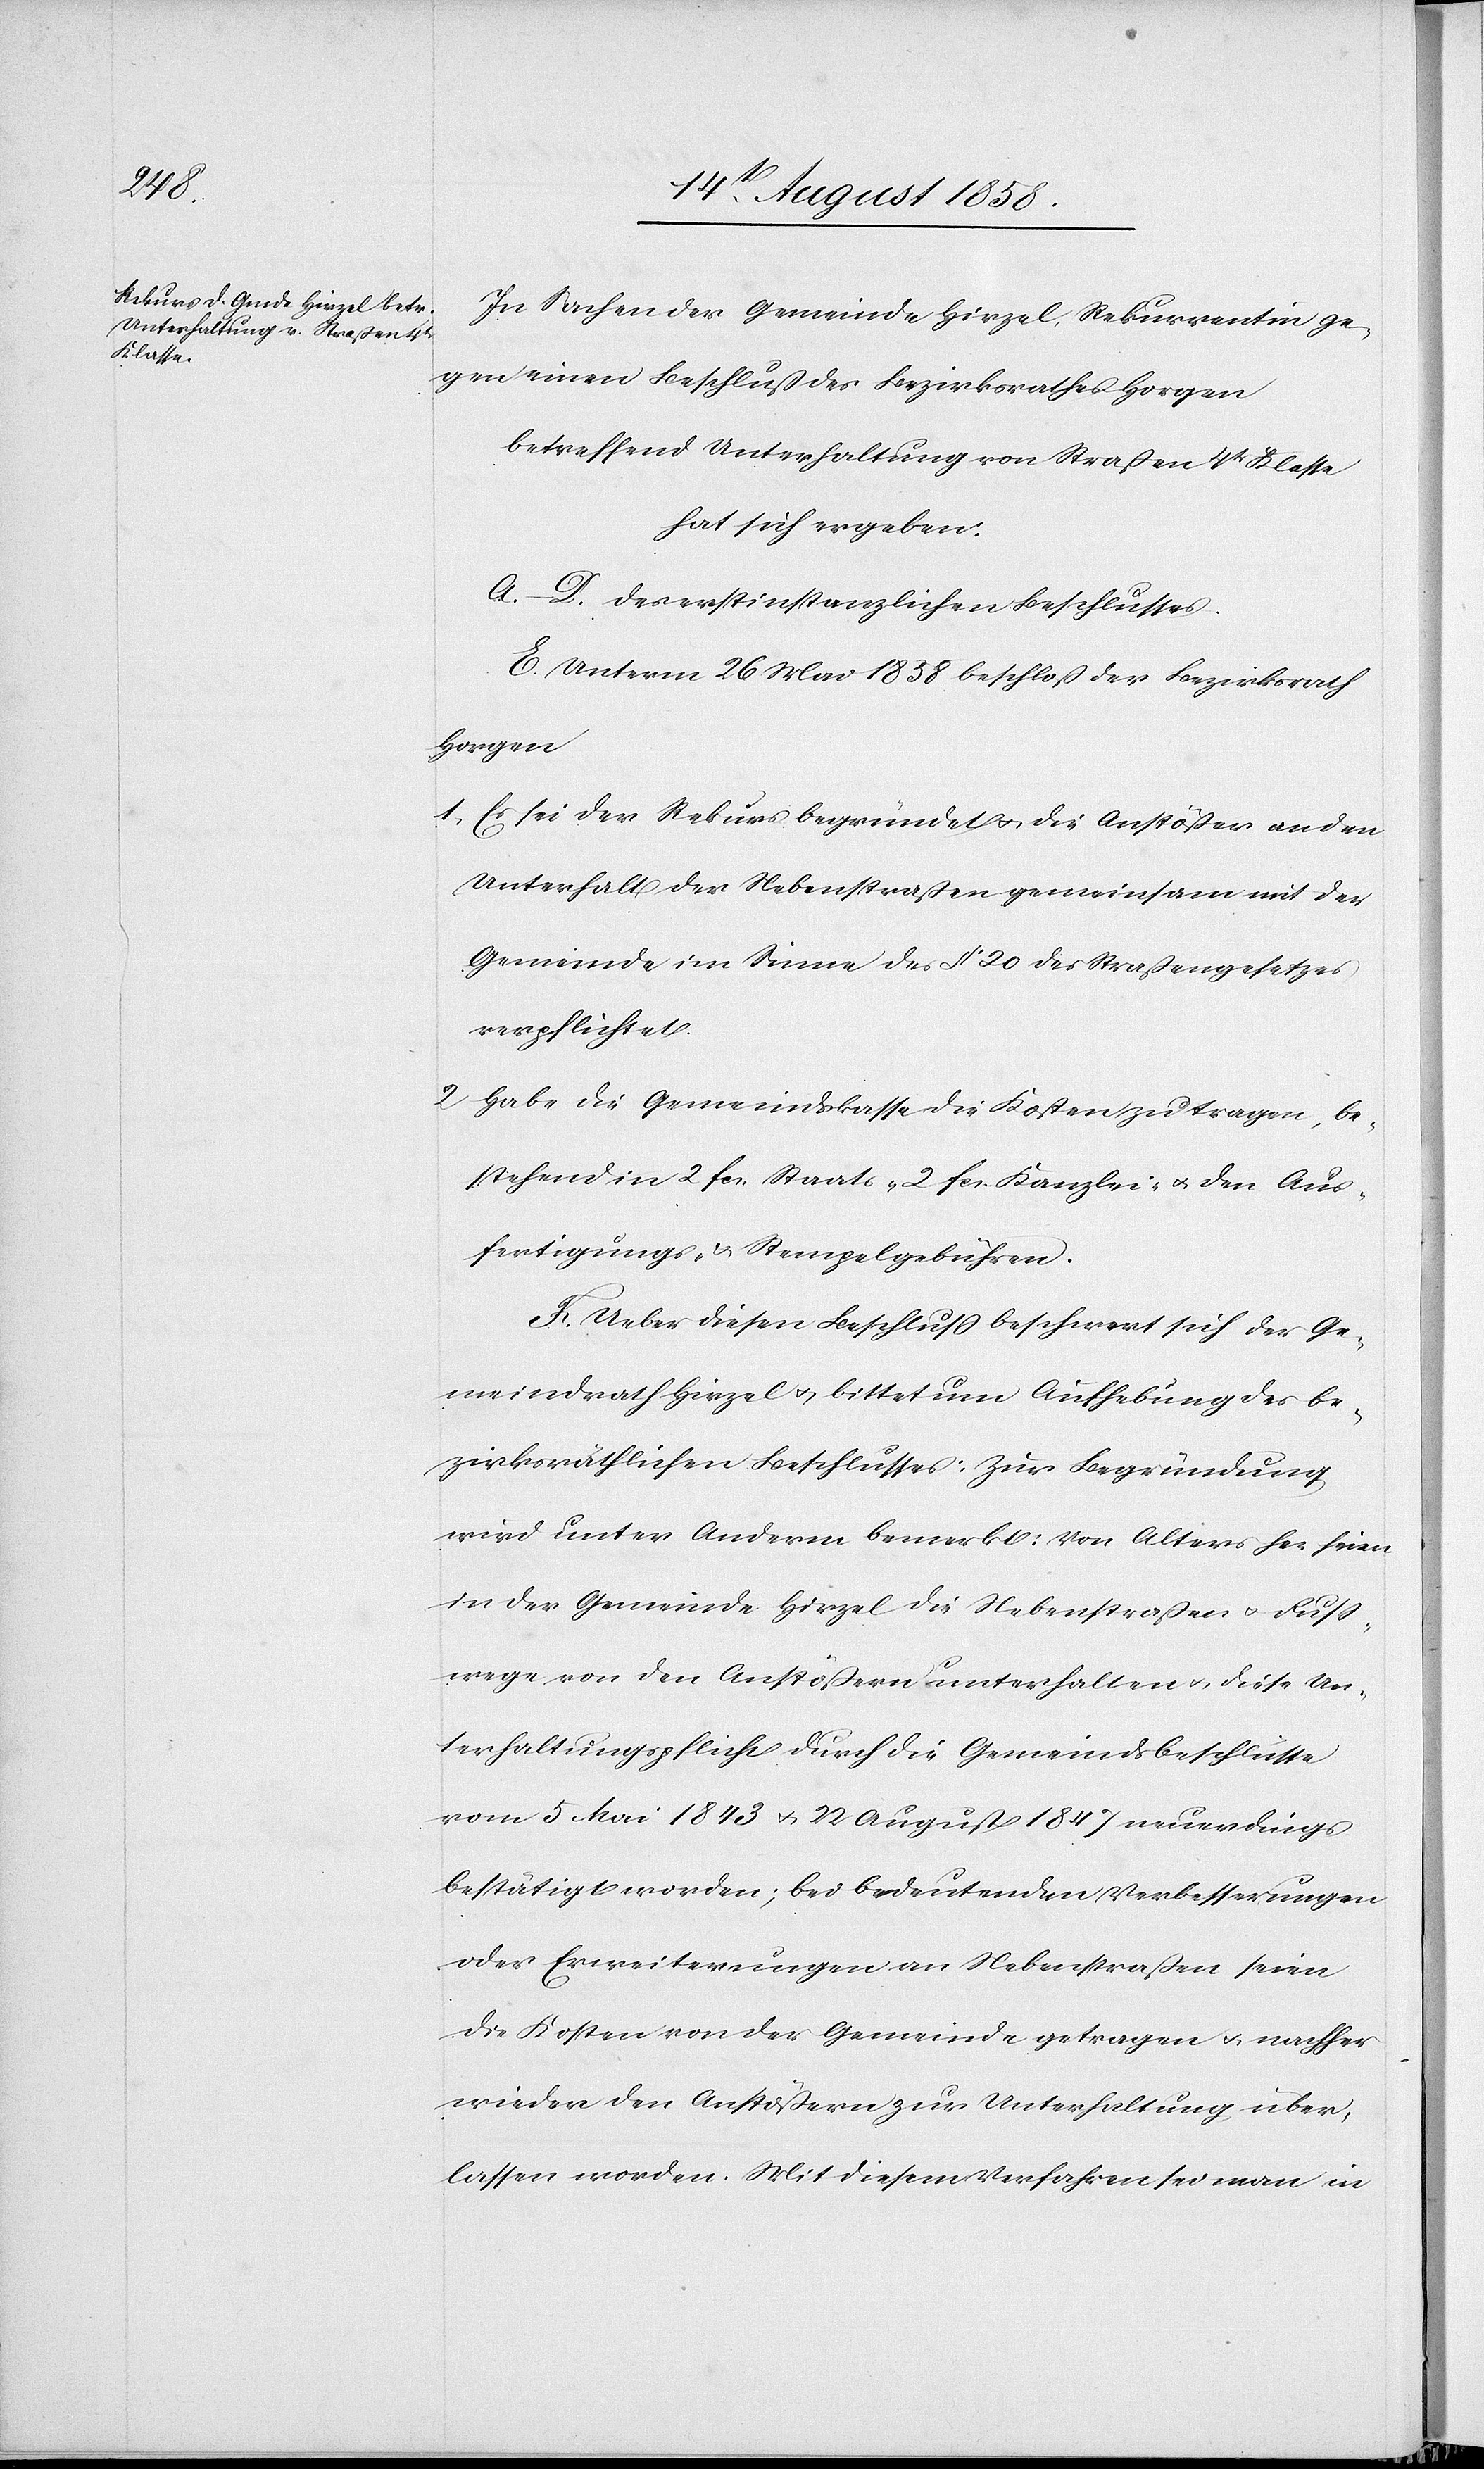
In Sachen der Gemeinde Hirzel, Rekurrentin ge¬
gen einen Beschluß des Bezirksrathes Horgen
betreffend Unterhaltung von Straßen 4tr Klasse
hat sich ergeben:
A.–D. des erstinstanzlichen Beschlusses.
E. Unterm 26 Mai 1858 beschloß der Bezirksrath
Horgen
Es sei der Rekurs begründet & die Anstößer an den
Unterhalt der Nebenstraßen gemeinsam mit der
Gemeinde im Sinne des § 20 des Straßengesetzes
verpflichtet.
Habe die Gemeindskasse die Kosten zu tragen, be¬
stehend in 2 fcs. Staats-[,] 2 fcs. Kanzlei- & den Aus¬
fertigungs- & Stempelgebühren.
F. Ueber diesen Beschluss beschwert sich der Ge¬
meindrath Hirzel & bittet um Aufhebung des be¬
zirksräthlichen Beschlusses. Zur Begründung
wird unter Anderm bemerkt: Von Alters her seien
in der Gemeinde Hirzel die Nebenstraßen & Fuss¬
wege von den Anstößern unterhalten & diese Un¬
terhaltungspflicht durch die Gemeindsbeschlüsse
vom 5 Mai 1843 & 22 August 1847 neuerdings
bestätigt worden; bei bedeutenden Verbesserungen
oder Erweiterungen an Nebenstraßen seien
die Kosten von der Gemeinde getragen & nachher
wieder den Anstößern zur Unterhaltung über¬
lassen worden. Mit diesem Verfahren sei man in